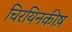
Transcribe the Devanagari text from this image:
चिरयिनकीष़